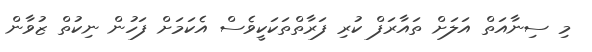
މި ސިނާއަތް އަލަށް ތައާރަފް ކުރި ފަރާތްތަކަކީވެސް އެކަމަށް ފަހުން ނިކުތް ޒުވާން